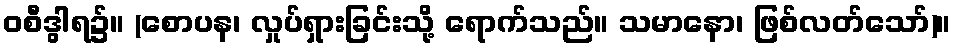
ဝစီဒွါရ၌။ (စောပန၊ လှုပ်ရှားခြင်းသို့ ရောက်သည်။ သမာနော၊ ဖြစ်လတ်သော်)။